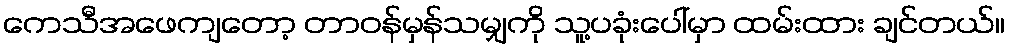
ကေသီအဖေကျတော့ တာဝန်မှန်သမျှကို သူ့ပခုံးပေါ်မှာ ထမ်းထား ချင်တယ်။